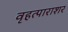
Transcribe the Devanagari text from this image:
वृहत्पाराशर